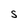
Character: s